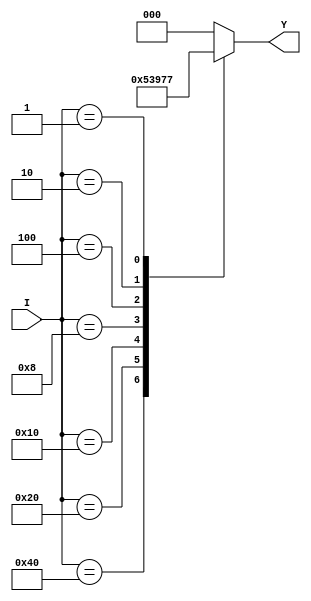
module priority_encoder(
    input [7:0] I,
    output reg [2:0] Y
);

always @ (*) begin
    case(I)
        8'b10000000: Y = 3'b000;
        8'b01000000: Y = 3'b001;
        8'b00100000: Y = 3'b010;
        8'b00010000: Y = 3'b011;
        8'b00001000: Y = 3'b100;
        8'b00000100: Y = 3'b101;
        8'b00000010: Y = 3'b110;
        8'b00000001: Y = 3'b111;
        default: Y = 3'b000;
    endcase
end

endmodule